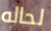
لحاله